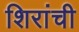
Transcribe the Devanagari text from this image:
शिरांची